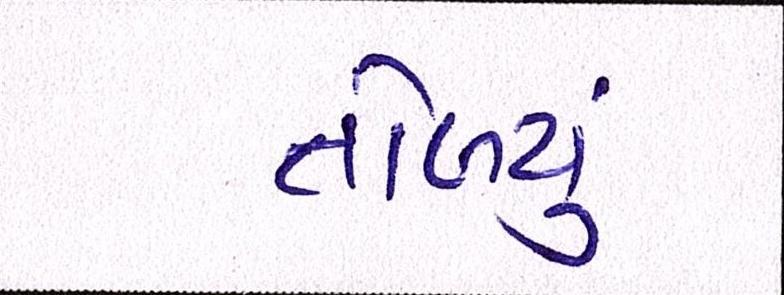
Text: તોળ્યું